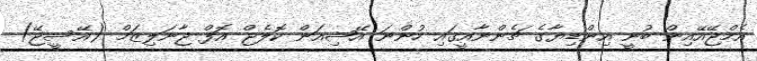
އެމްޖޭއޭއިން ބުނީ އިންޑިޔާގެ ޗެންނާއީގައި ހުންނަ އޭޝިއަން ކޮލެޖް އޮފް ޖާނަލިޒަމް (އޭސީޖޭ)